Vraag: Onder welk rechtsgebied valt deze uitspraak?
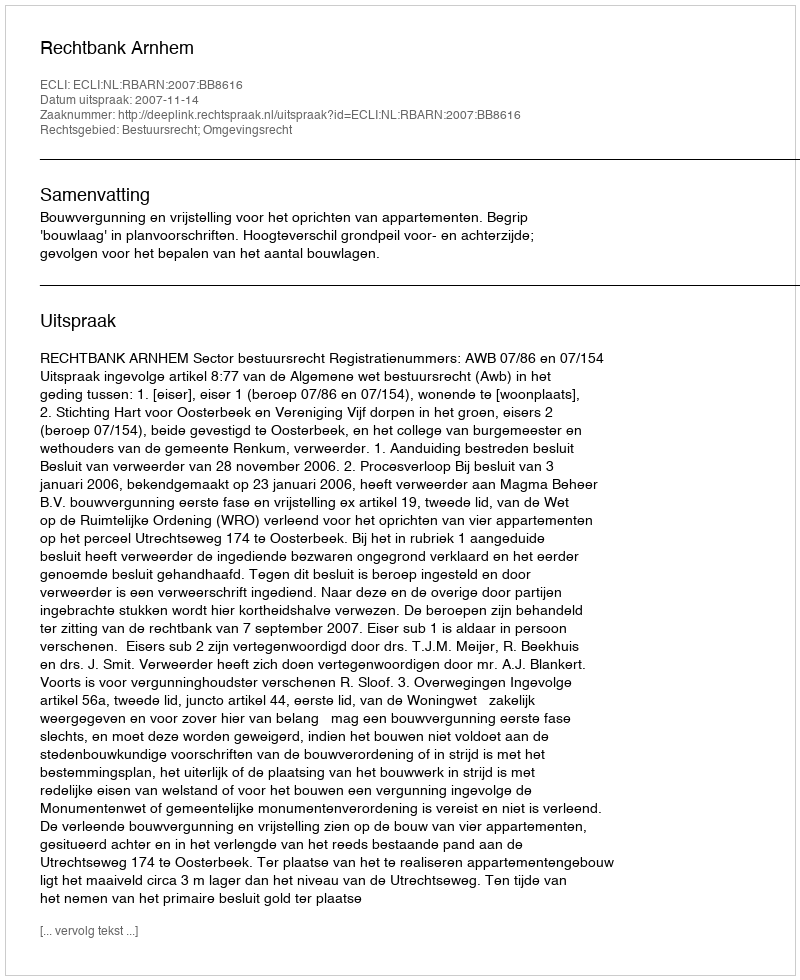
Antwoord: Bestuursrecht; Omgevingsrecht